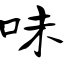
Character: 味